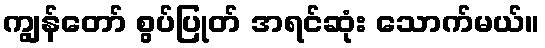
ကျွန်တော် စွပ်ပြုတ် အရင်ဆုံး သောက်မယ်။